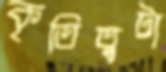
কৃতিত্বটা